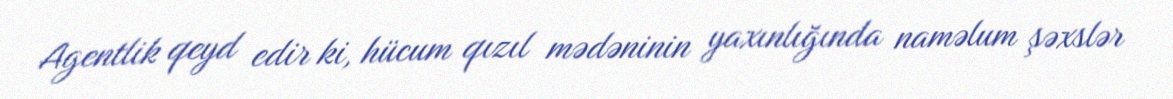
Agentlik qeyd edir ki, hücum qızıl mədəninin yaxınlığında naməlum şəxslər